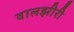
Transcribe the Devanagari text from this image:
वालझीरी